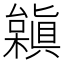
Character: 𣞟